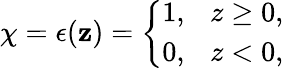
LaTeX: \chi=\epsilon(\mathbf{z})=\left\{ \begin{array}{l}{{1,~~~z\geq 0,}}\\ {{0,~~~z<0,}}\end{array}\right.